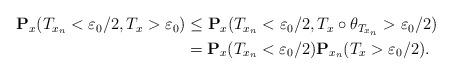
LaTeX: \begin{align*}\begin{aligned}\mathbf{P}_x(T_{x_n}<\varepsilon_0/2, T_x>\varepsilon_0)&\leq \mathbf{P}_x(T_{x_n}<\varepsilon_0/2, T_x\circ \theta_{T_{x_n}}>\varepsilon_0/2) \\&=\mathbf{P}_x(T_{x_n}<\varepsilon_0/2)\mathbf{P}_{x_n}(T_x>\varepsilon_0/2). \end{aligned}\end{align*}